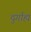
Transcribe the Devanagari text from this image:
दुर्गाह्य